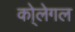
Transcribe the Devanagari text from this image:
को्लेगल